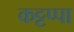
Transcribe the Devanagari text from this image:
कट्टप्पा